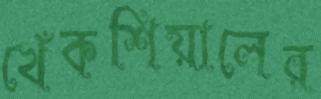
খেঁকশিয়ালের